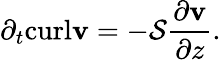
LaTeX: \partial_{t}\textrm{curl}\mathbf{v}=-\mathcal{S}\frac{\partial\mathbf{v}}{\partial z}.